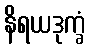
နိရယဒုက္ခံ